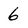
Character: 6